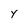
Character: Y